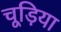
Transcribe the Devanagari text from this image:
चूड़िया